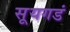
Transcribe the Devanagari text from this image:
सूयगडं